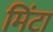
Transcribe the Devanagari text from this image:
मिंटा